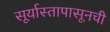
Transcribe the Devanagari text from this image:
सूर्यास्तापासूनची